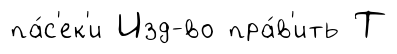
па́с'ек'и Изд-во пра́в'ить Т